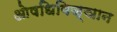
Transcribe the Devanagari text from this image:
ओषधिविज्ञान